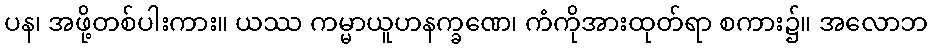
ပန၊ အဖို့တစ်ပါးကား။ ယဿ ကမ္မာယူဟနက္ခဏေ၊ ကံကိုအားထုတ်ရာ စကား၌။ အလောဘ